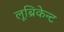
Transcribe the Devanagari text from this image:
लूब्रिकेन्ट